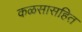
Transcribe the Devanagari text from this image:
कळसासहित